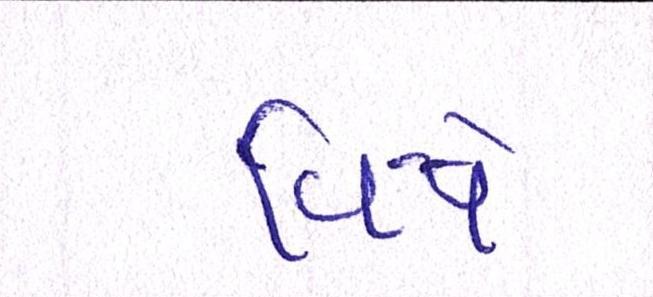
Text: વિષે